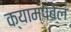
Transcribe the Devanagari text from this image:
क्याम्पबेल